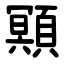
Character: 䫤